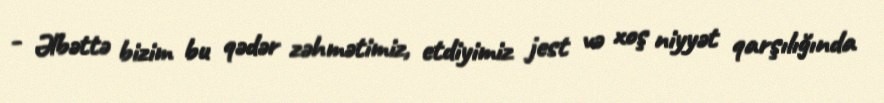
- Əlbəttə bizim bu qədər zəhmətimiz, etdiyimiz jest və xoş niyyət qarşılığında